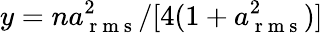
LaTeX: y=na_{\mathrm{~r~m~s~}}^{2}/[4(1+a_{\mathrm{~r~m~s~}}^{2})]